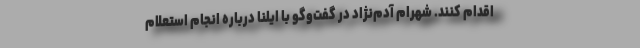
اقدام کنند. شهرام آدم‌نژاد در گفت‌وگو با ایلنا درباره انجام استعلام